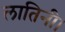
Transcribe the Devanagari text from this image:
लातिनी।